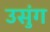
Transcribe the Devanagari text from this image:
उसुंग